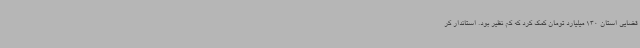
قضایی استان 130 میلیارد تومان کمک کرد که کم نظیر بود. استاندار کر